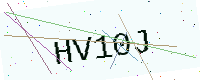
Text: HV10J